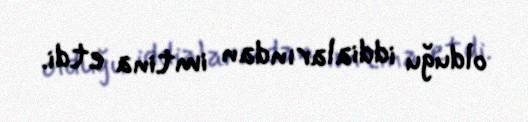
olduğu iddialarından imtina etdi.